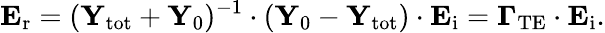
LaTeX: \mathbf{E}_{\mathrm{r}}=(\mathbf{Y}_{\mathrm{tot}}+\mathbf{Y}_{0})^{-1}\cdot(\mathbf{Y}_{0}-\mathbf{Y}_{\mathrm{tot}})\cdot\mathbf{E}_{\mathrm{i}}=\mathbf{\Gamma}_{\mathrm{TE}}\cdot\mathbf{E}_{\mathrm{i}}.